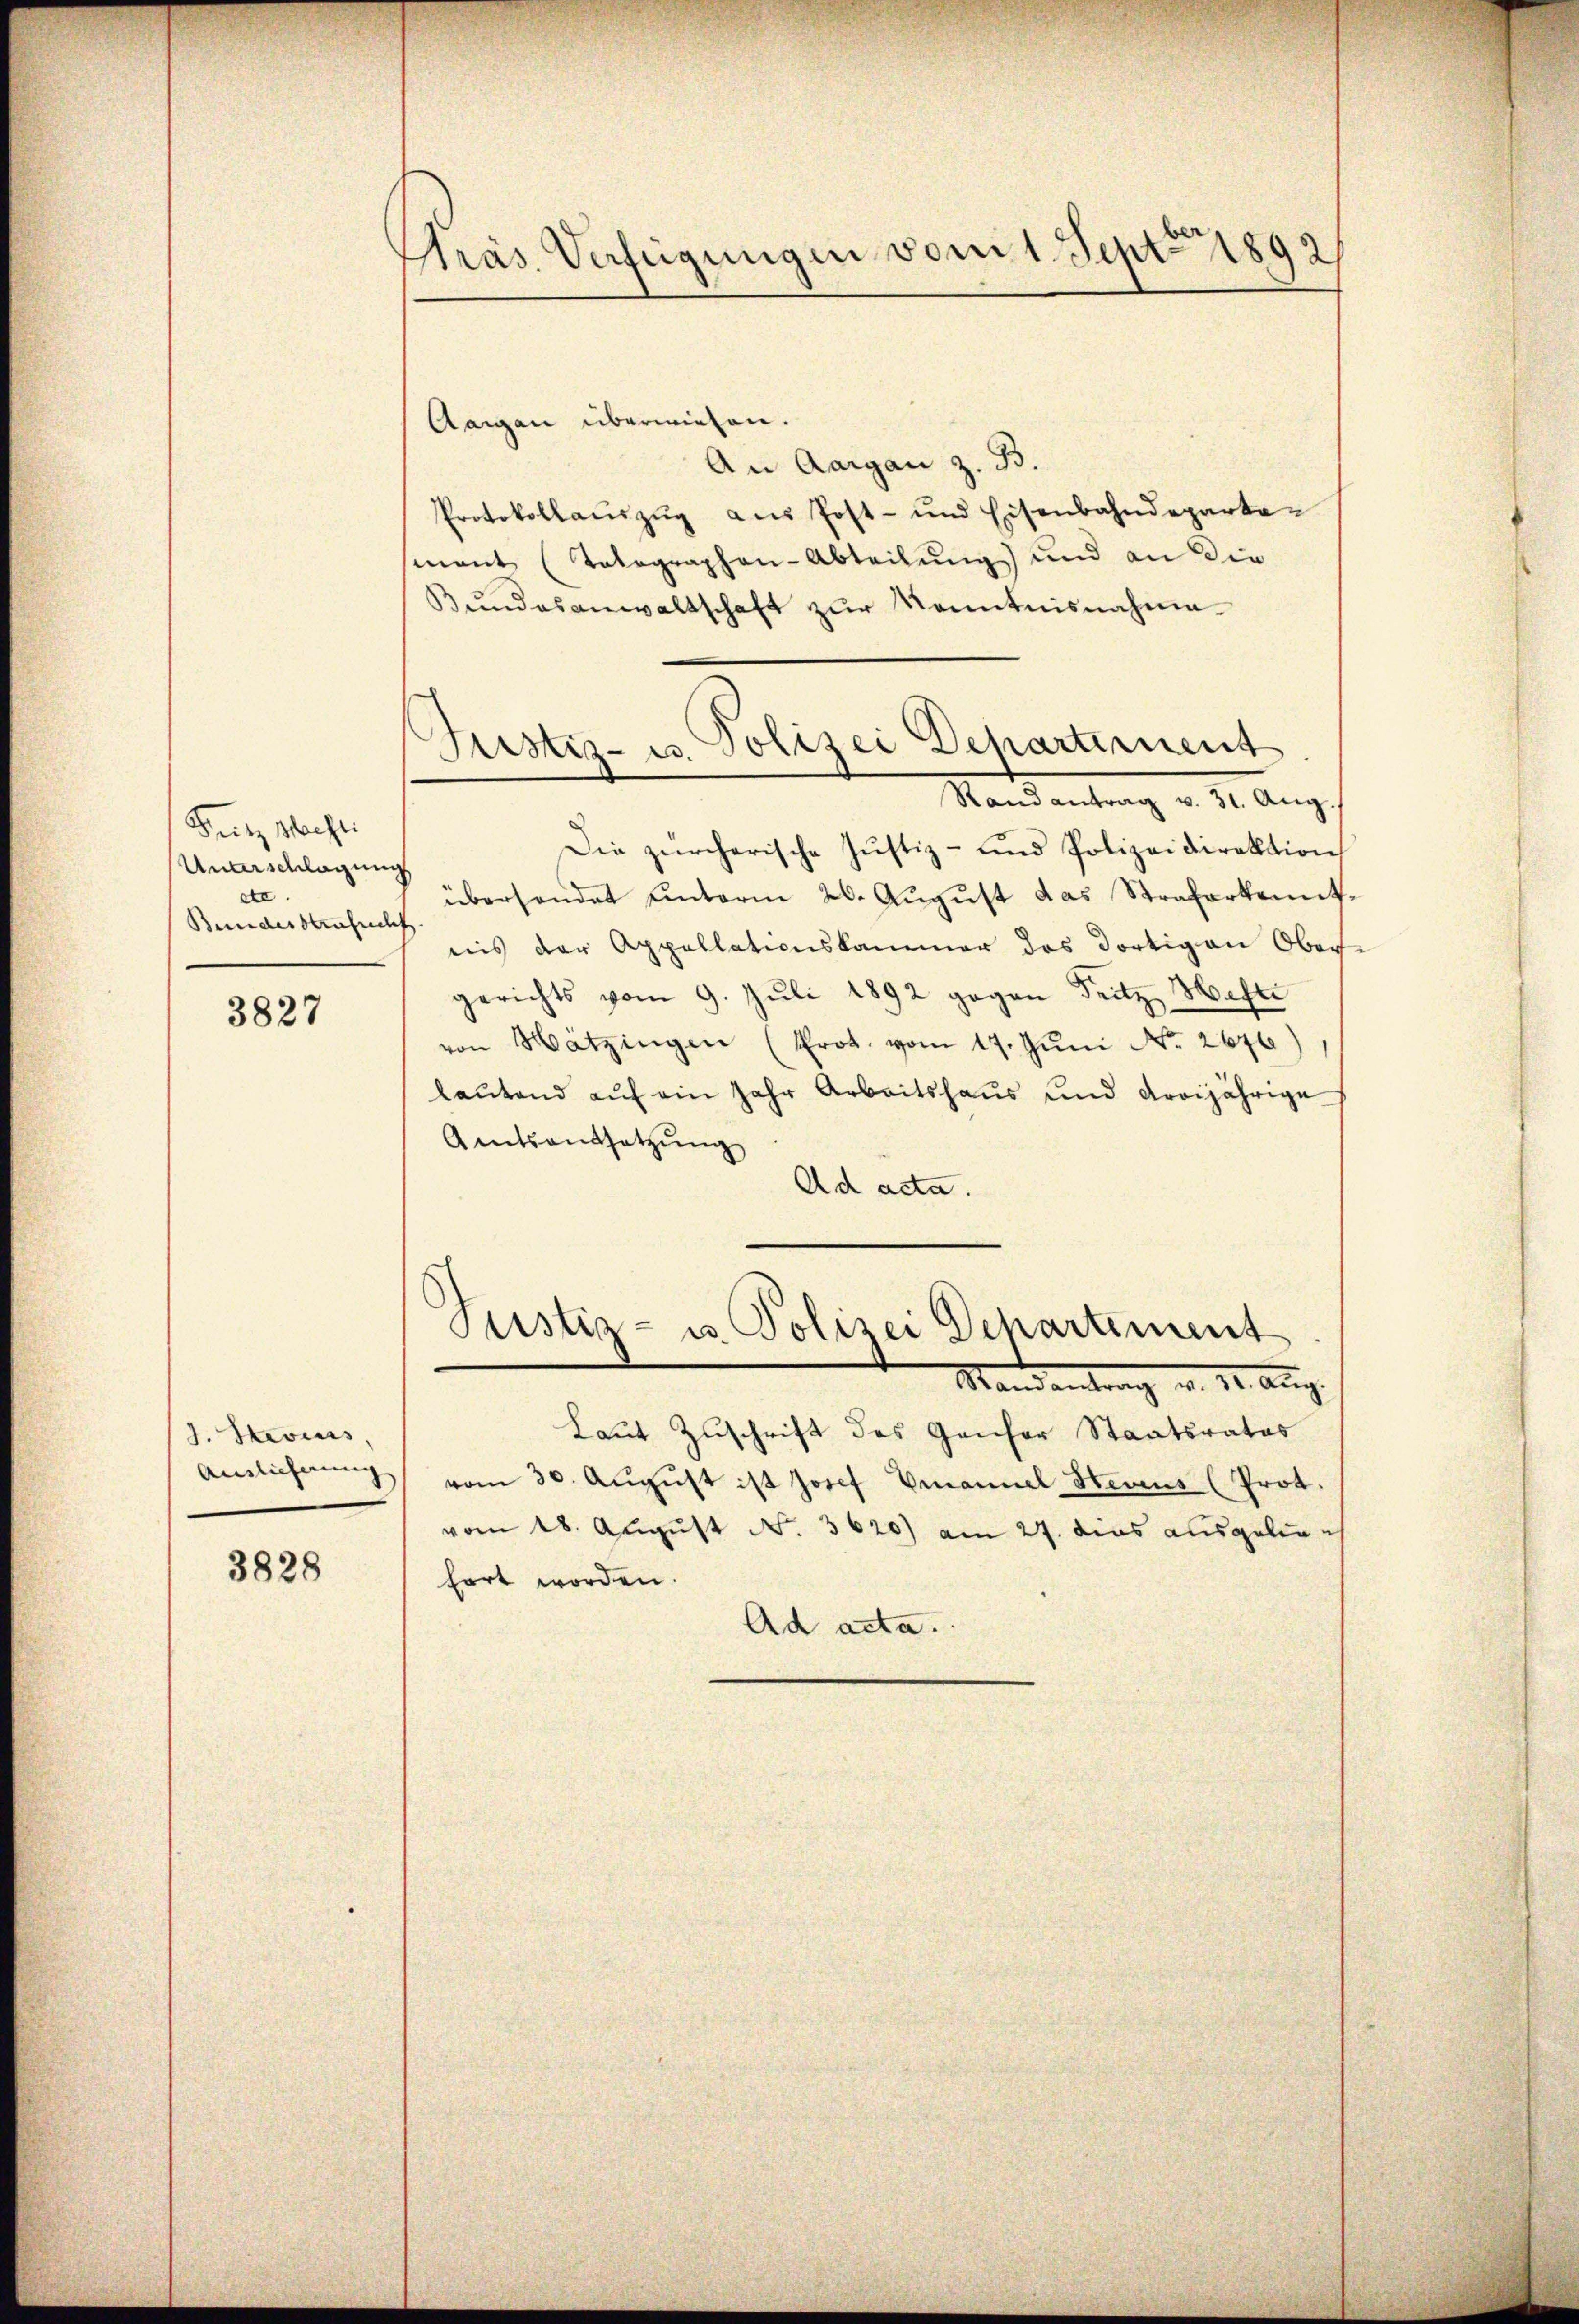
Fritz Maesti
Unarschlagung
ste.
Bundesstrafrech

3827

J. Stevius,
Auslieferung

3828

Präs. Verfügungen vom 1. Sept. 1892

Justiz- u. Polizei Departement
Mandantrag v. 1. Aug.

Aargau überwiesen.
An Aargau z. B.
Protokollaŭszŭg aŭs Post- und Eisenbahndeparta-
mant (Totographen-Abteilŭng und an die
Bundesanwaltschaft zur Kenntnisnahme
Die zürcherische Justiz- und Polizeidirektion
übersendet unterm 26. August das Straferkennts
nis der Appellationskammer das dortigen Ober-
gerichts vom 9. Juli 1892 gegen Seitz Weste
von Mätzingen (Prot. vom 17. Jŭni No. 2676
lautend auf ein Jahr Arbeitshaus und dreijährige
Amtsentsetzŭng
Ad acta.

Justiz- u Polizei Departement
Mandantrag d. 14. Aug.

Laut Zuschrift des Ganser Staatsrates
vom 30. Aŭgŭst ist Josef Emanuel Hevius (Prot.
vom 18. August No. 3620) am 27. dies ausgelie
hart worden.
Ad acta.